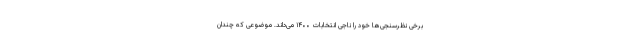
برخی نظرسنجی‌ها خود را ناجی انتخابات ۱۴۰۰ می‌داند. موضوعی که چندان